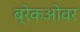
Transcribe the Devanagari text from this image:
ब्रेकओवर